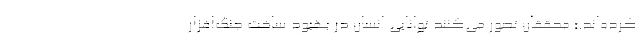
کرده‌اند.» محققان تصور می‌کنند توانایی انسان در بهبود ساخت جنگ‌افزار